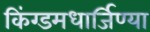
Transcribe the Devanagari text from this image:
किंग्डमधार्जिण्या